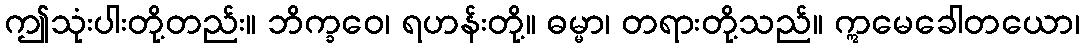
ဤသုံးပါးတို့တည်း။ ဘိက္ခဝေ၊ ရဟန်းတို့။ ဓမ္မာ၊ တရားတို့သည်။ ဣမေခေါတယော၊